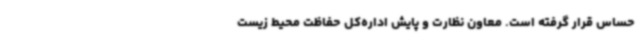
حساس قرار گرفته است. معاون نظارت و پایش اداره‌کل حفاظت محیط زیست